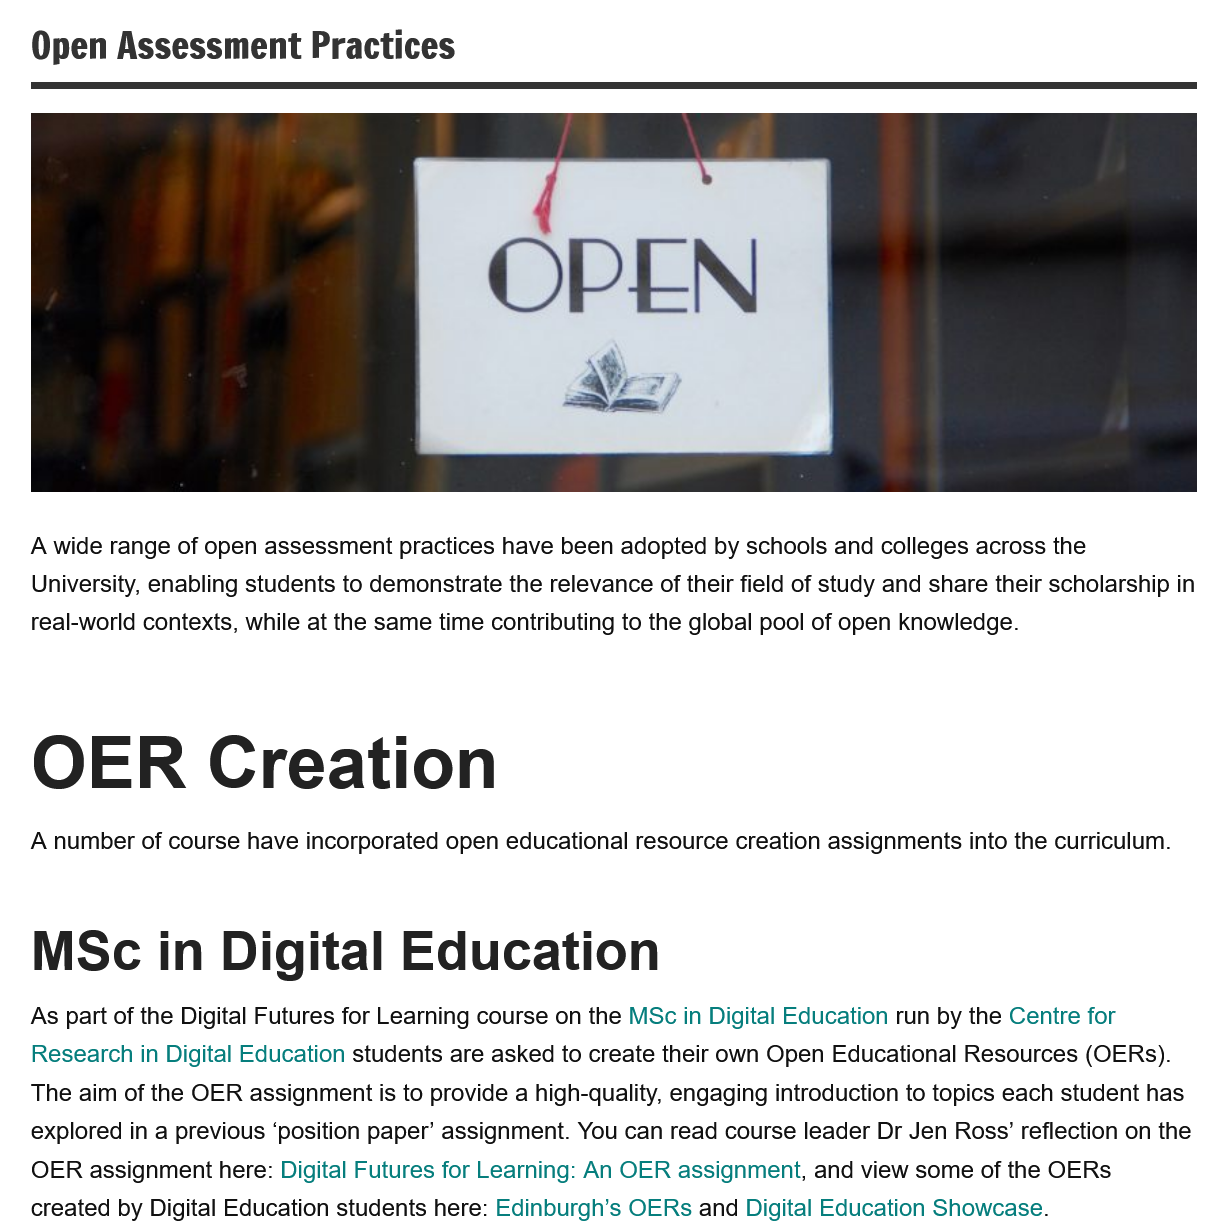
Open   Assessment    Practices
   A wide range of open assessment practices have been adopted by schools and colleges across the
   University, enabling students to demonstrate the relevance of their field of study and share their scholarship in
   real-world contexts, while at the same time contributing to the global pool of open knowledge.
   OER    Creation
   MSc    in    Digital    Education
   A number of course have incorporated open educational resource creation assignments into the curriculum.
   As part of the Digital Futures for Learning course on the MSc in Digital Education run by the Centre for
   Research in Digital Education students are asked to create their own Open Educational Resources (OERs).
   The aim of the OER assignment is to provide a high-quality, engaging introduction to topics each student has
   explored in a previous ‘position paper’ assignment. You can read course leader Dr Jen Ross’ reflection on the
   OER assignment here: Digital Futures for Learning: An OER assignment, and view some of the OERs
   created by Digital Education students here: Edinburgh's OERs and Digital Education Showcase.